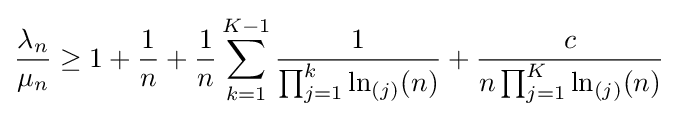
{\frac {\lambda _{n}}{\mu _{n}}}\geq 1+{\frac {1}{n}}+{\frac {1}{n}}\sum _{k=1}^{K-1}{\frac {1}{\prod _{j=1}^{k}\ln _{(j)}(n)}}+{\frac {c}{n\prod _{j=1}^{K}\ln _{(j)}(n)}}